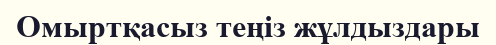
Омыртқасыз теңіз жұлдыздары